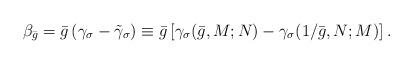
LaTeX: \begin{align*}\beta _{\bar{g}}=\bar{g}\left( \gamma _{\sigma }-\tilde{\gamma}_{\sigma}\right) \equiv \bar{g}\left[ \gamma _{\sigma }(\bar{g},M;N)-\gamma _{\sigma}(1/\bar{g},N;M)\right] . \end{align*}